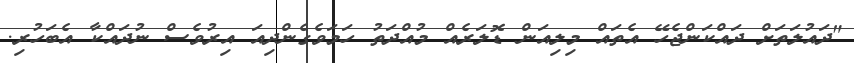
"ދައުލަތަށް ދައްކަންޖެހޭ އެތައް މިލިއަން ޑޮލަރެއް މުއްދަތު ހަމަވެގެންދިއަ އިރުވެސް ނުދައްކާ އެބަހުރި.